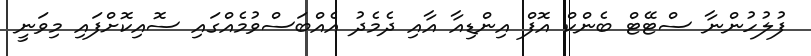
ފުލުހުންނާ ސްޓޭޓް ބެންކް އޮފް އިންޑިއާ އާއި ދެމެދު އެއްބަސްވުމެއްގައި ސޮއިކޮށްފައި މިވަނީ